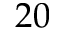
2 0